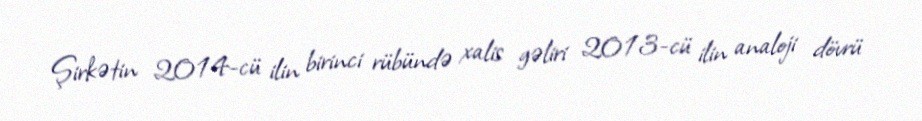
Şirkətin 2014-cü ilin birinci rübündə xalis gəliri 2013-cü ilin analoji dövrü